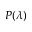
P ( \lambda )